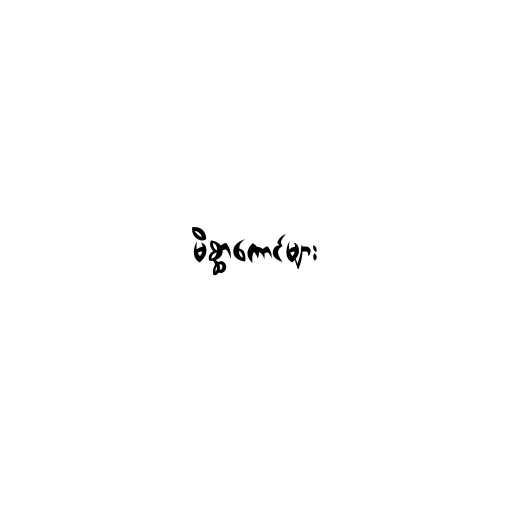
မိစ္ဆာကောင်များ